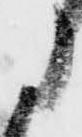
に